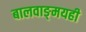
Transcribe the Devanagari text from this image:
बालवाङ्‌मयही